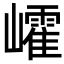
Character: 𡾜